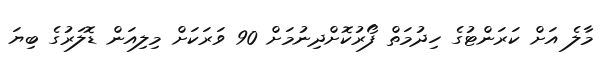
މާލެ އަށް ކަރަންޓުގެ ހިދުމަތް ފޯރުކޮށްދިނުމަށް 90 ވަރަކަށް މިލިއަން ޑޮލަރުގެ ބިޔަ